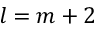
l = m + 2